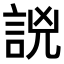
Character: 𧧗